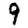
Digit: 9